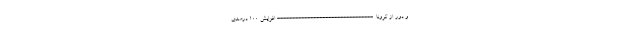
و دور از کرونا. -------------------------------- افزایش 100 درصدی